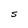
Character: S